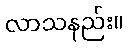
လာသနည်း။